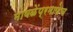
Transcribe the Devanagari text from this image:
मावळेंप्रमाणेच